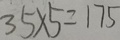
3 5 \times 5 = 1 7 5